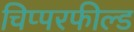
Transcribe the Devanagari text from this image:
चिप्परफील्ड